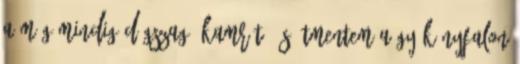
a még mindig dögszagú kamrát, és átmentem a gyékényfalon